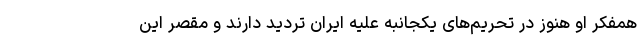
همفکر او هنوز در تحریم‌های یکجانبه علیه ایران تردید دارند و مقصر این